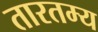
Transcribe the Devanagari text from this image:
तारतम्‍य